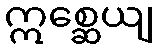
ဣစ္ဆေယျ